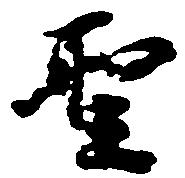
聖